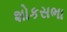
શોકસભા